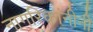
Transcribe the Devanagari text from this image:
नागरिकांनीनी